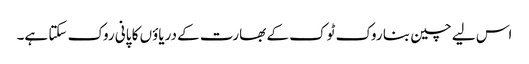
اس لیے چین بنا روک ٹوک کے بھارت کے دریاؤں کا پانی روک سکتا ہے۔